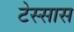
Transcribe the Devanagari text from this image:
टेस्सास